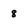
Character: 8